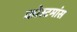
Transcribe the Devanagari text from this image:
कोस्टमांस